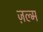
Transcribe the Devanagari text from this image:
ज़ल्म